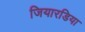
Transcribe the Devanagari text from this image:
जियारडिया